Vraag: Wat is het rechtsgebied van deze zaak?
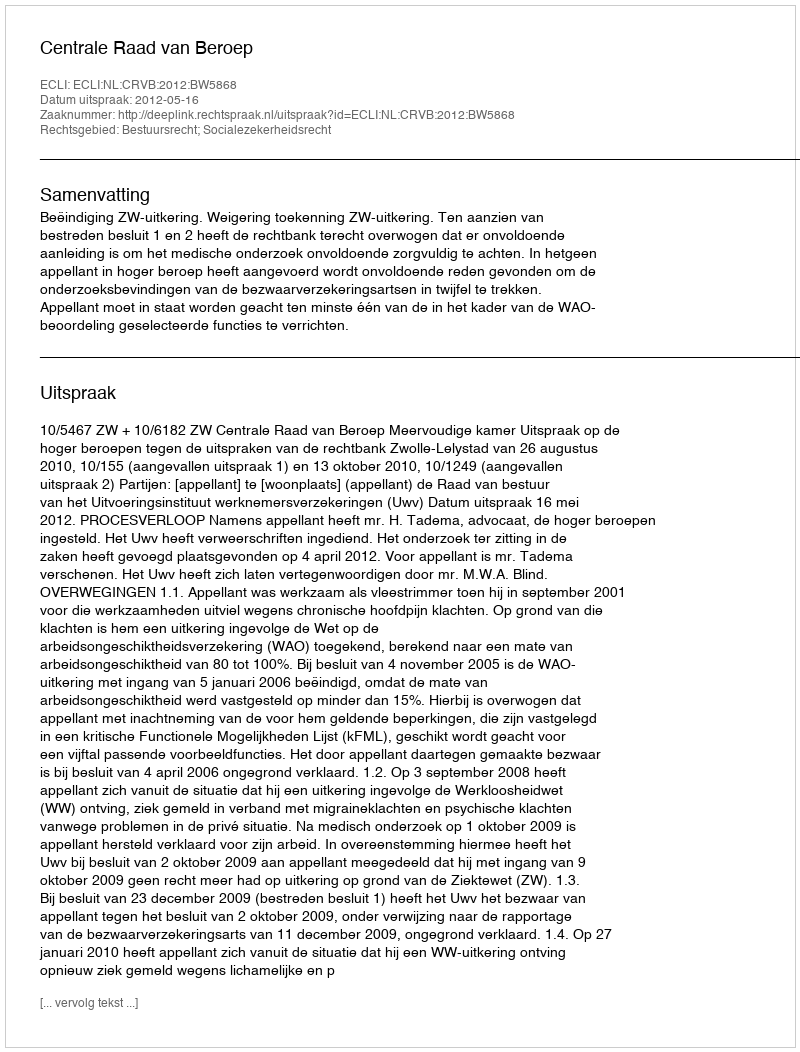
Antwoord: Bestuursrecht; Socialezekerheidsrecht